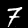
Label: 7